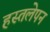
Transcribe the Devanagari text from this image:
हस्तलेपन